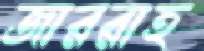
জাররাহ